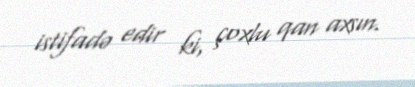
istifadə edir ki, çoxlu qan axsın.